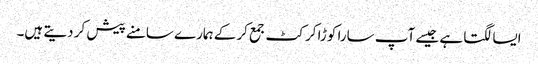
ایسا لگتا ہے جیسے آپ سارا کوڑا کرکٹ جمع کرکے ہمارے سامنے پیش کر دیتے ہیں۔